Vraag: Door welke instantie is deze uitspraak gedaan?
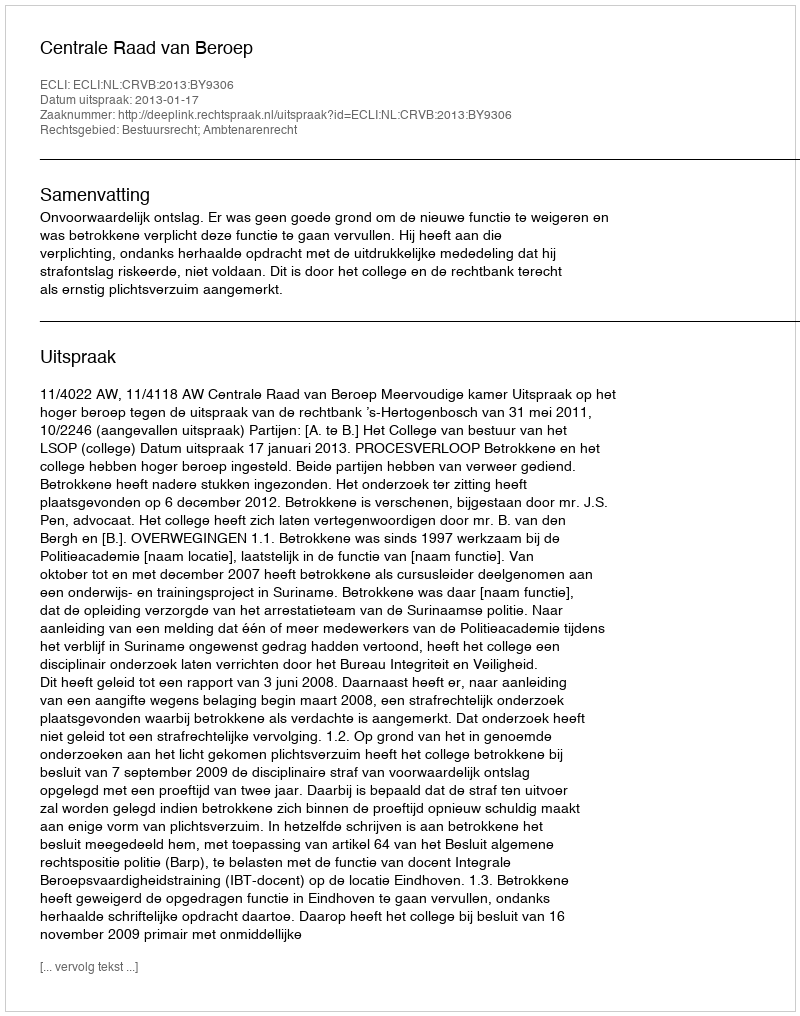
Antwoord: Centrale Raad van Beroep